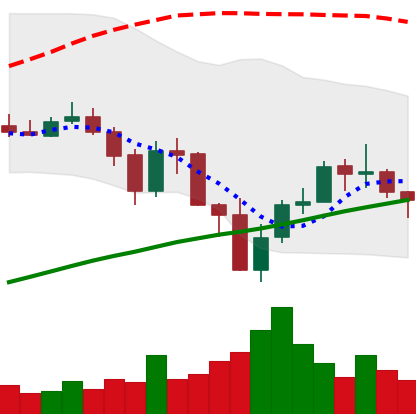
Ticker: BNB-USD
Chart end date: 2019-07-24
Forward return: -6.722%
Label: down_5_7